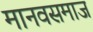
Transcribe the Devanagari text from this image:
मानवसमाज